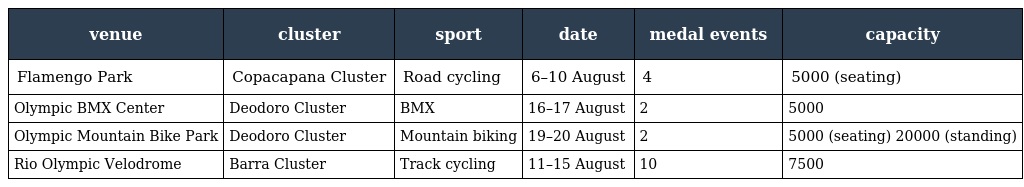
| venue | cluster | sport | date | medal events | capacity |
 | --- | --- | --- | --- | --- | --- |
 | Flamengo Park | Copacapana Cluster | Road cycling | 6–10 August | 4 | 5000 (seating) |
 | Olympic BMX Center | Deodoro Cluster | BMX | 16–17 August | 2 | 5000 |
 | Olympic Mountain Bike Park | Deodoro Cluster | Mountain biking | 19–20 August | 2 | 5000 (seating) 20000 (standing) |
 | Rio Olympic Velodrome | Barra Cluster | Track cycling | 11–15 August | 10 | 7500 |